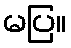
မပြ။